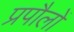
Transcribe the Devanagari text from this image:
प्रपौलों